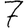
Digit: 7